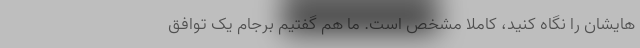
‌هایشان را نگاه کنید، کاملا مشخص است. ما هم گفتیم برجام یک توافق